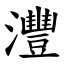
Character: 灃